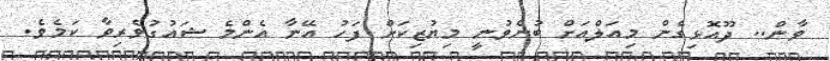
ވާން.. ދޫއޮޅިގެން މިއަލްއަށް ބުނެވުނީ މިޔުޒިކަށް ފަހު އޭނާ އެންމެ ޝައުގުވެރިވާ ކަމެވެ.